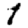
Digit: 1